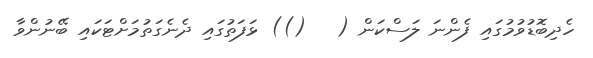
ހެދިބޮޑުވުމުގައި ފެންނަ ލަސްކަން (   ()) ޅަފަތުގައި ދެނެގަތުމަށްޓަކައި ބޭނުންވާ